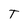
Character: T